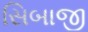
સિબાજી